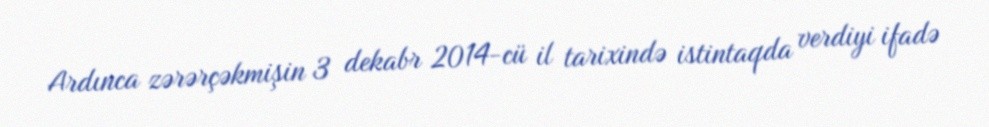
Ardınca zərərçəkmişin 3 dekabr 2014-cü il tarixində istintaqda verdiyi ifadə